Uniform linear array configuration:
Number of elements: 16
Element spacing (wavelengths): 0.25
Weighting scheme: binomial
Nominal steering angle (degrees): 45
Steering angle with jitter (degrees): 45.473
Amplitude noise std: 0.05
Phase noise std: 0.05

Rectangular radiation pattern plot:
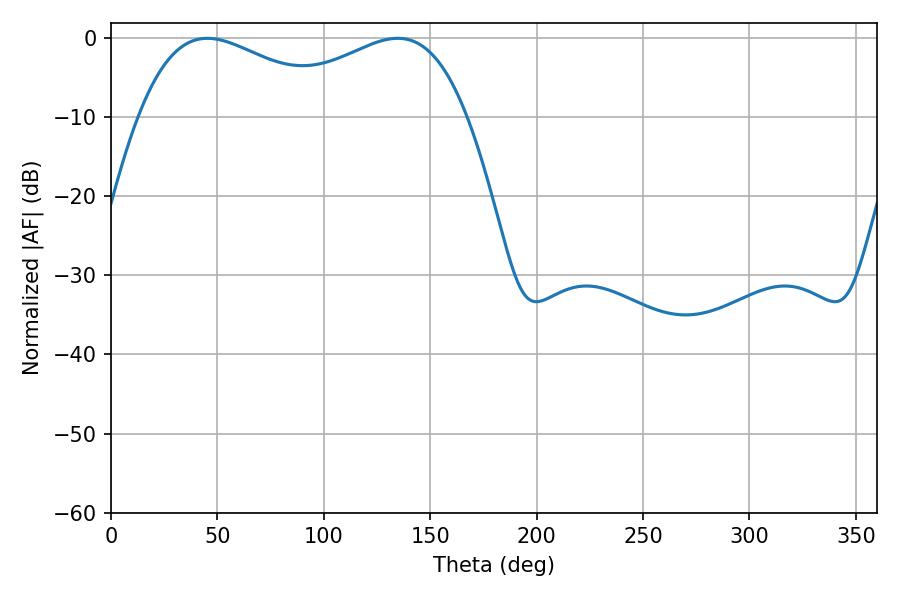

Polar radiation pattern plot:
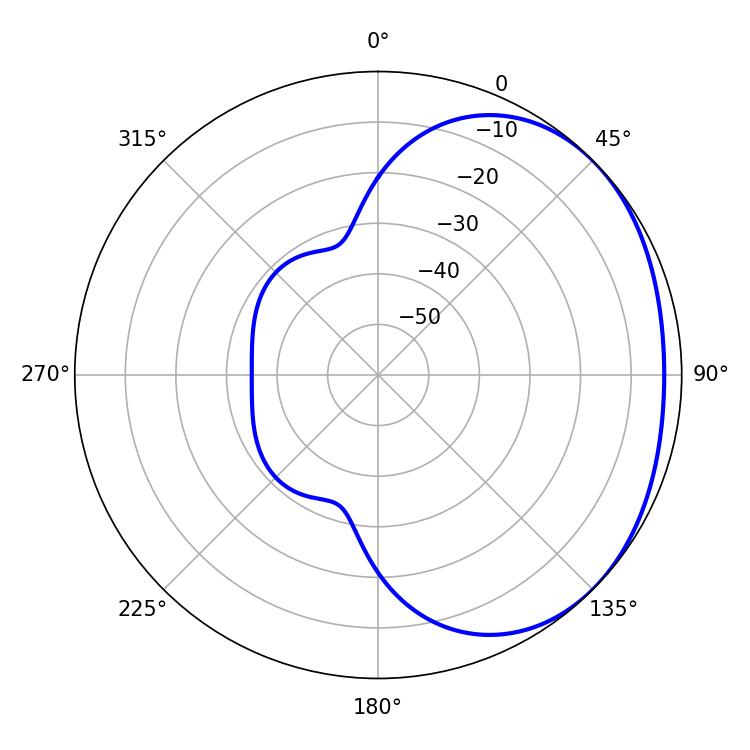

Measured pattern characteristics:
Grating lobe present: FALSE
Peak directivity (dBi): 1.827
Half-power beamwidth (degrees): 52.56
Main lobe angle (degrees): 45.36